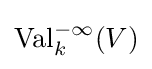
\operatorname {Val} _{k}^{-\infty }(V)